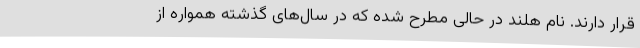
قرار دارند. نام هلند در حالی مطرح شده که در سال‌های گذشته همواره از